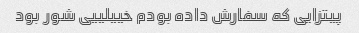
پیتزایی که سفارش داده بودم خییلییی شور بود